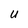
Character: u